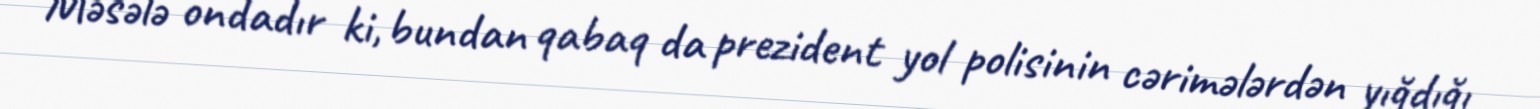
Məsələ ondadır ki, bundan qabaq da prezident yol polisinin cərimələrdən yığdığı